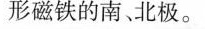
形磁铁的南、北极。